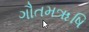
ગૌતમૠષિ